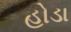
હોડા